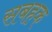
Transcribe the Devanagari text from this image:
सबहक